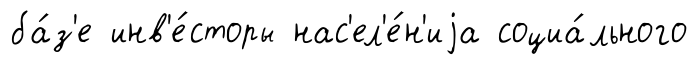
ба́з'е инв'е́сторы нас'ел'е́н'иjа социа́льного